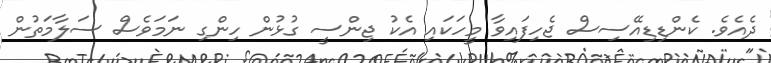
ދެއެވެ. ކެންޑިޑިއޭސިސް ޖެހިފައިވާ މީހަކައި އެކު ޖިންސީ ގުޅުން ހިންގި ނަމަވެސް ސަލާމަތުން